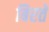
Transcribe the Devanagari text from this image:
बिरते